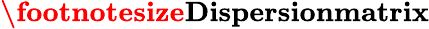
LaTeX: \textbf{\footnotesize Dispersionmatrix}